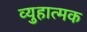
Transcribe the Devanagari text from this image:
व्युहात्मक